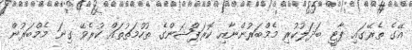
އޭގެ ތެރޭގައި ޕާޓީ ބަދަލުކުރި މެމްބަރުންނާއި ކޮރަޕްޝަންގެ ތުހުމަތުތައް ކުރެވޭ ގިނަ މެމްބަރުން